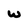
Character: w